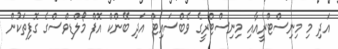
އަދި މި މިނިސްޓްރީއާއި މިނިސްޓްރީގެ ވެބްސައިޓް އަދި ބޭންކް އޮފް މޯލްޑިވްސްގެ ގޮފިތަކުން